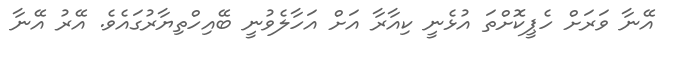
އޭނާ ވަރަށް ހެޕީކޮށްތަ އުޅެނީ ކިއާރާ އަށް އަހާލެވުނީ ބޭއިހްތިޔާރުގައެވެ. އޭރު އޭނާ